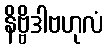
နိဗ္ဗိဒါဗဟုလံ